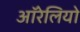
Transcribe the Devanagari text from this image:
ऑरेलियो